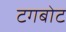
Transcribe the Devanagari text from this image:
टगबोट